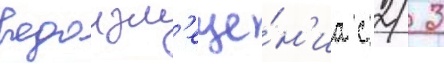
водоизм'еще́н'иа с 2/ 3